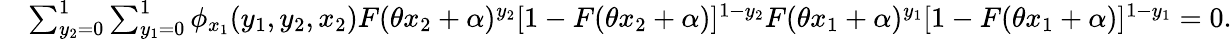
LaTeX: \begin{array}{rl}&{\sum_{y_{2}=0}^{1}\sum_{y_{1}=0}^{1}\phi_{x_{1}}(y_{1},y_{2},x_{2})F(\theta x_{2}+\alpha)^{y_{2}}[1-F(\theta x_{2}+\alpha)]^{1-y_{2}}F(\theta x_{1}+\alpha)^{y_{1}}[1-F(\theta x_{1}+\alpha)]^{1-y_{1}}=0.}\end{array}